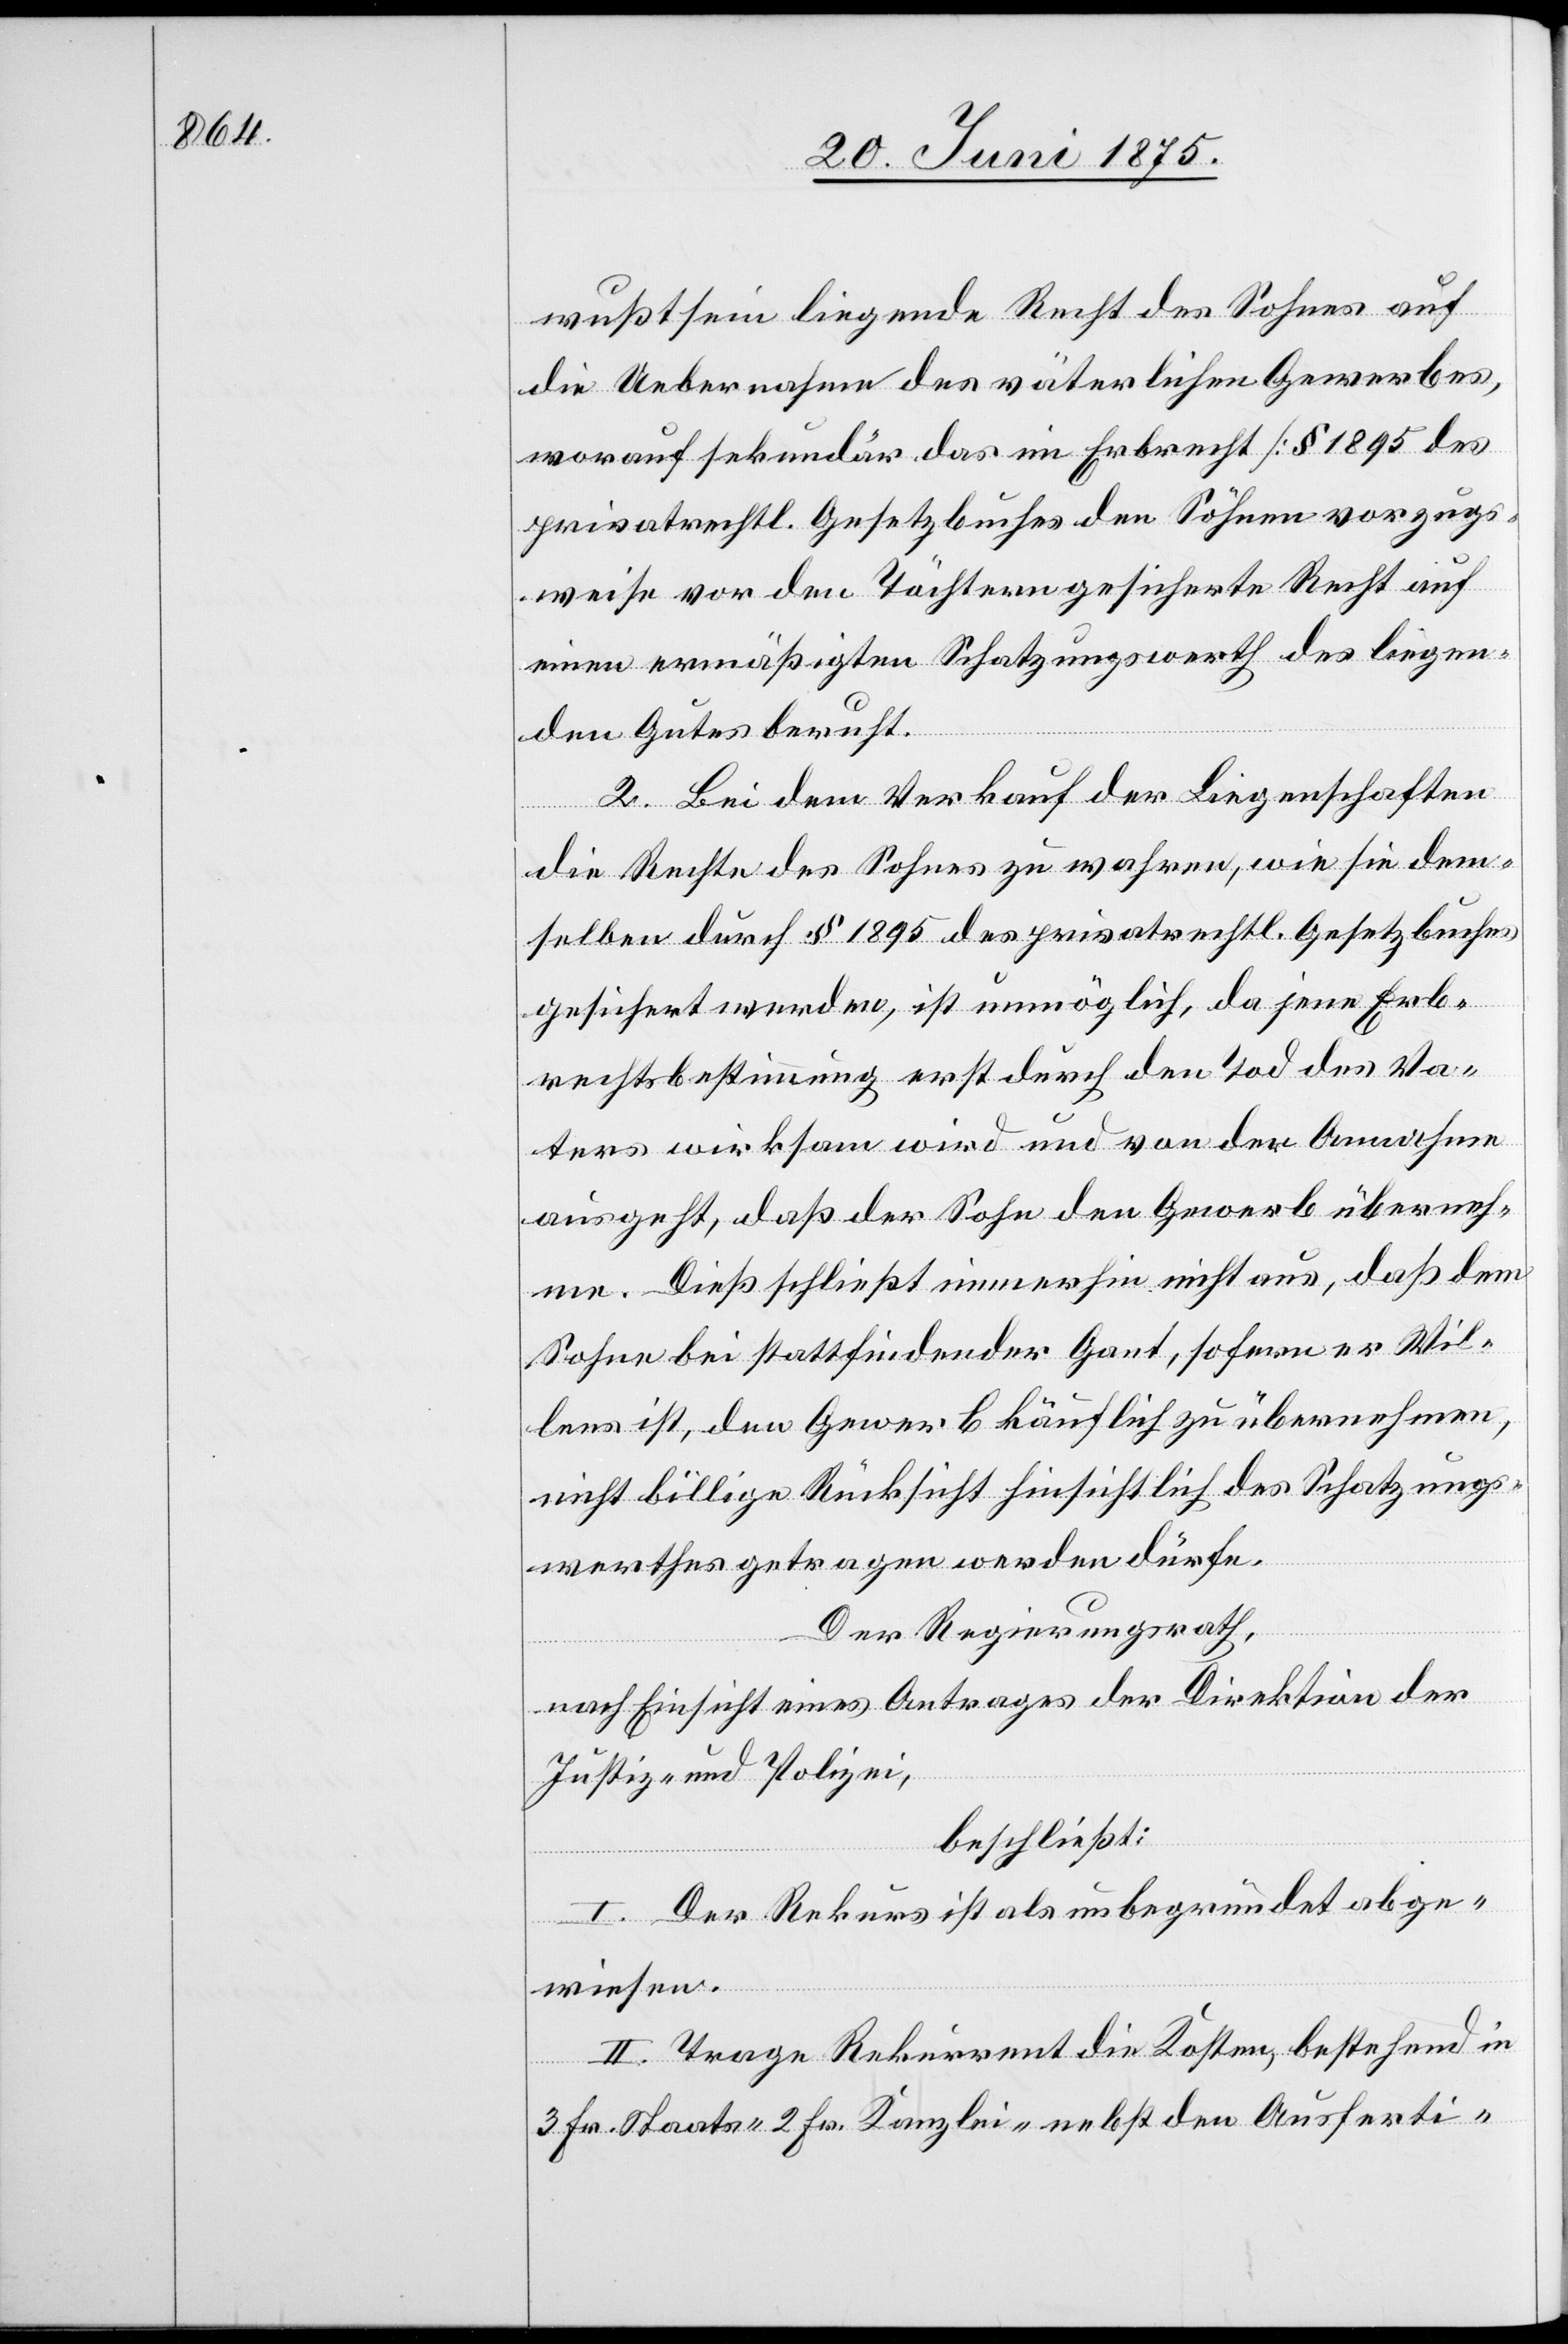
wußtsein liegende Recht des Sohnes auf
die Uebernahmen des väterlichen Gewerbes,
worauf sekundär das im Erbrecht [§ 1895 des
privatrechtl. Gesetzbuches] den Söhnen vorzugs¬
weise vor den Töchtern gesicherte Recht auf
einen ermäßigten Schatzungswerth des liegen¬
den Gutes beruht.
2. Bei dem Verkauf der Liegenschaften
die Rechte des Sohnes zu wahren, wie sie dem¬
selben durch § 1895 des privatrechtl. Gesetzbuches
gesichert werden, ist unmöglich, da jene Erb¬
rechtsbestimmung erst durch den Tod des Va¬
ters wirksam wird und von der Annahme
ausgeht, daß der Sohn den Gewerb überneh¬
me. Dieß schließt einerseits nicht aus, daß dem
Sohne bei stattfindender Gant, sofern er Wil¬
lens ist, den Gewerb käuflich zu übernehmen,
nicht billige Rücksicht hinsichtlich des Schatzungs¬
werthes getragen werden dürfe.
Der Regierungsrath,
nach Einsicht eines Antrages der Direktion der
Justiz- und Polizei,
beschließt:
I. Der Rekurs ist als unbegründet abge¬
wiesen.
II. Trage der Rekurrent die Kosten, bestehend in
3 Fr. Staats- 2 Fr. Kanzlei- nebst den Ausferti-